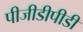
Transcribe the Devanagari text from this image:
पीजीडीपीडी